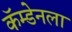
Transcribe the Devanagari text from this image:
कॅम्डेनला